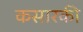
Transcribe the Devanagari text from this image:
कसारकी